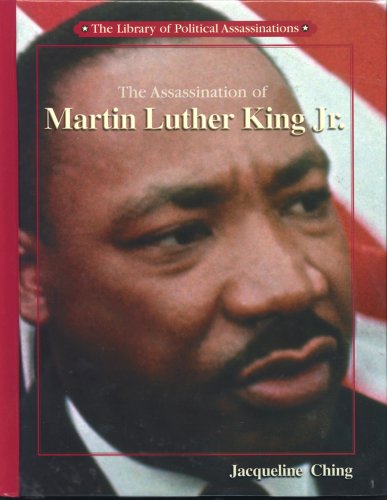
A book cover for The Assassination of Martin Luther King, Jr. (Library of Political Assassinations); Jacqueline Ching; Teen & Young Adult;